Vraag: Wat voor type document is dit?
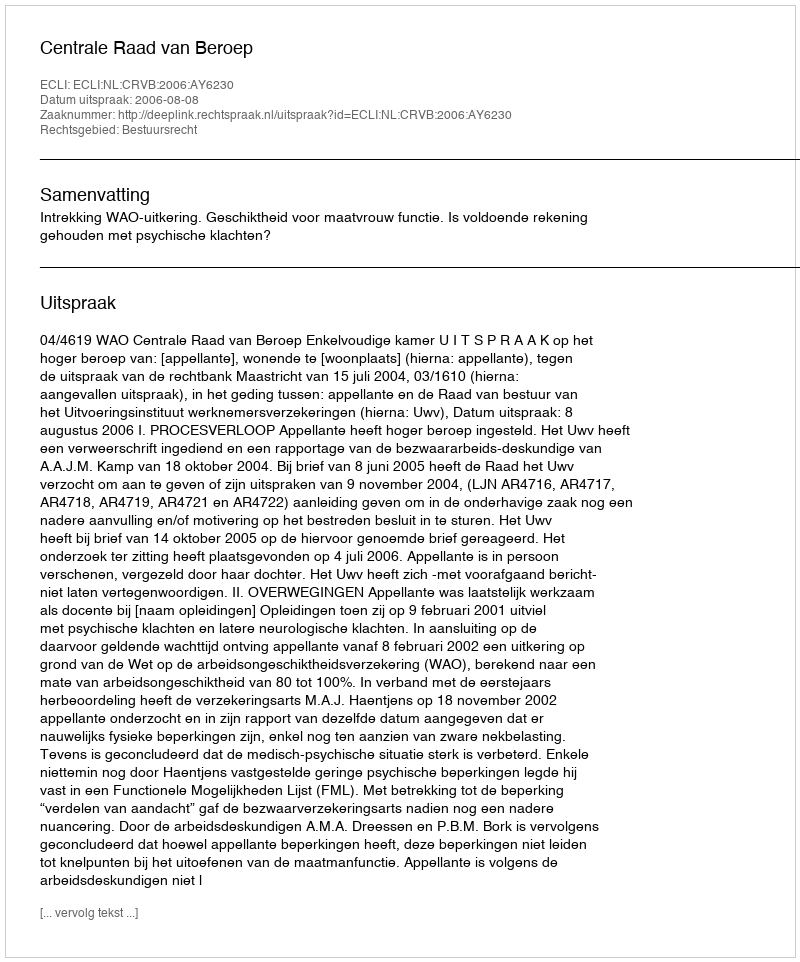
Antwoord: Uitspraak